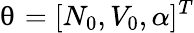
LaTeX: \mathbf{\uptheta}=[N_{0},V_{0},\alpha]^{T}